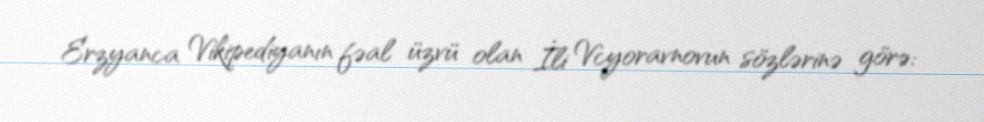
Erzyanca Vikipediyanın fəal üzvü olan İli Vcyoravnovun sözlərinə görə: